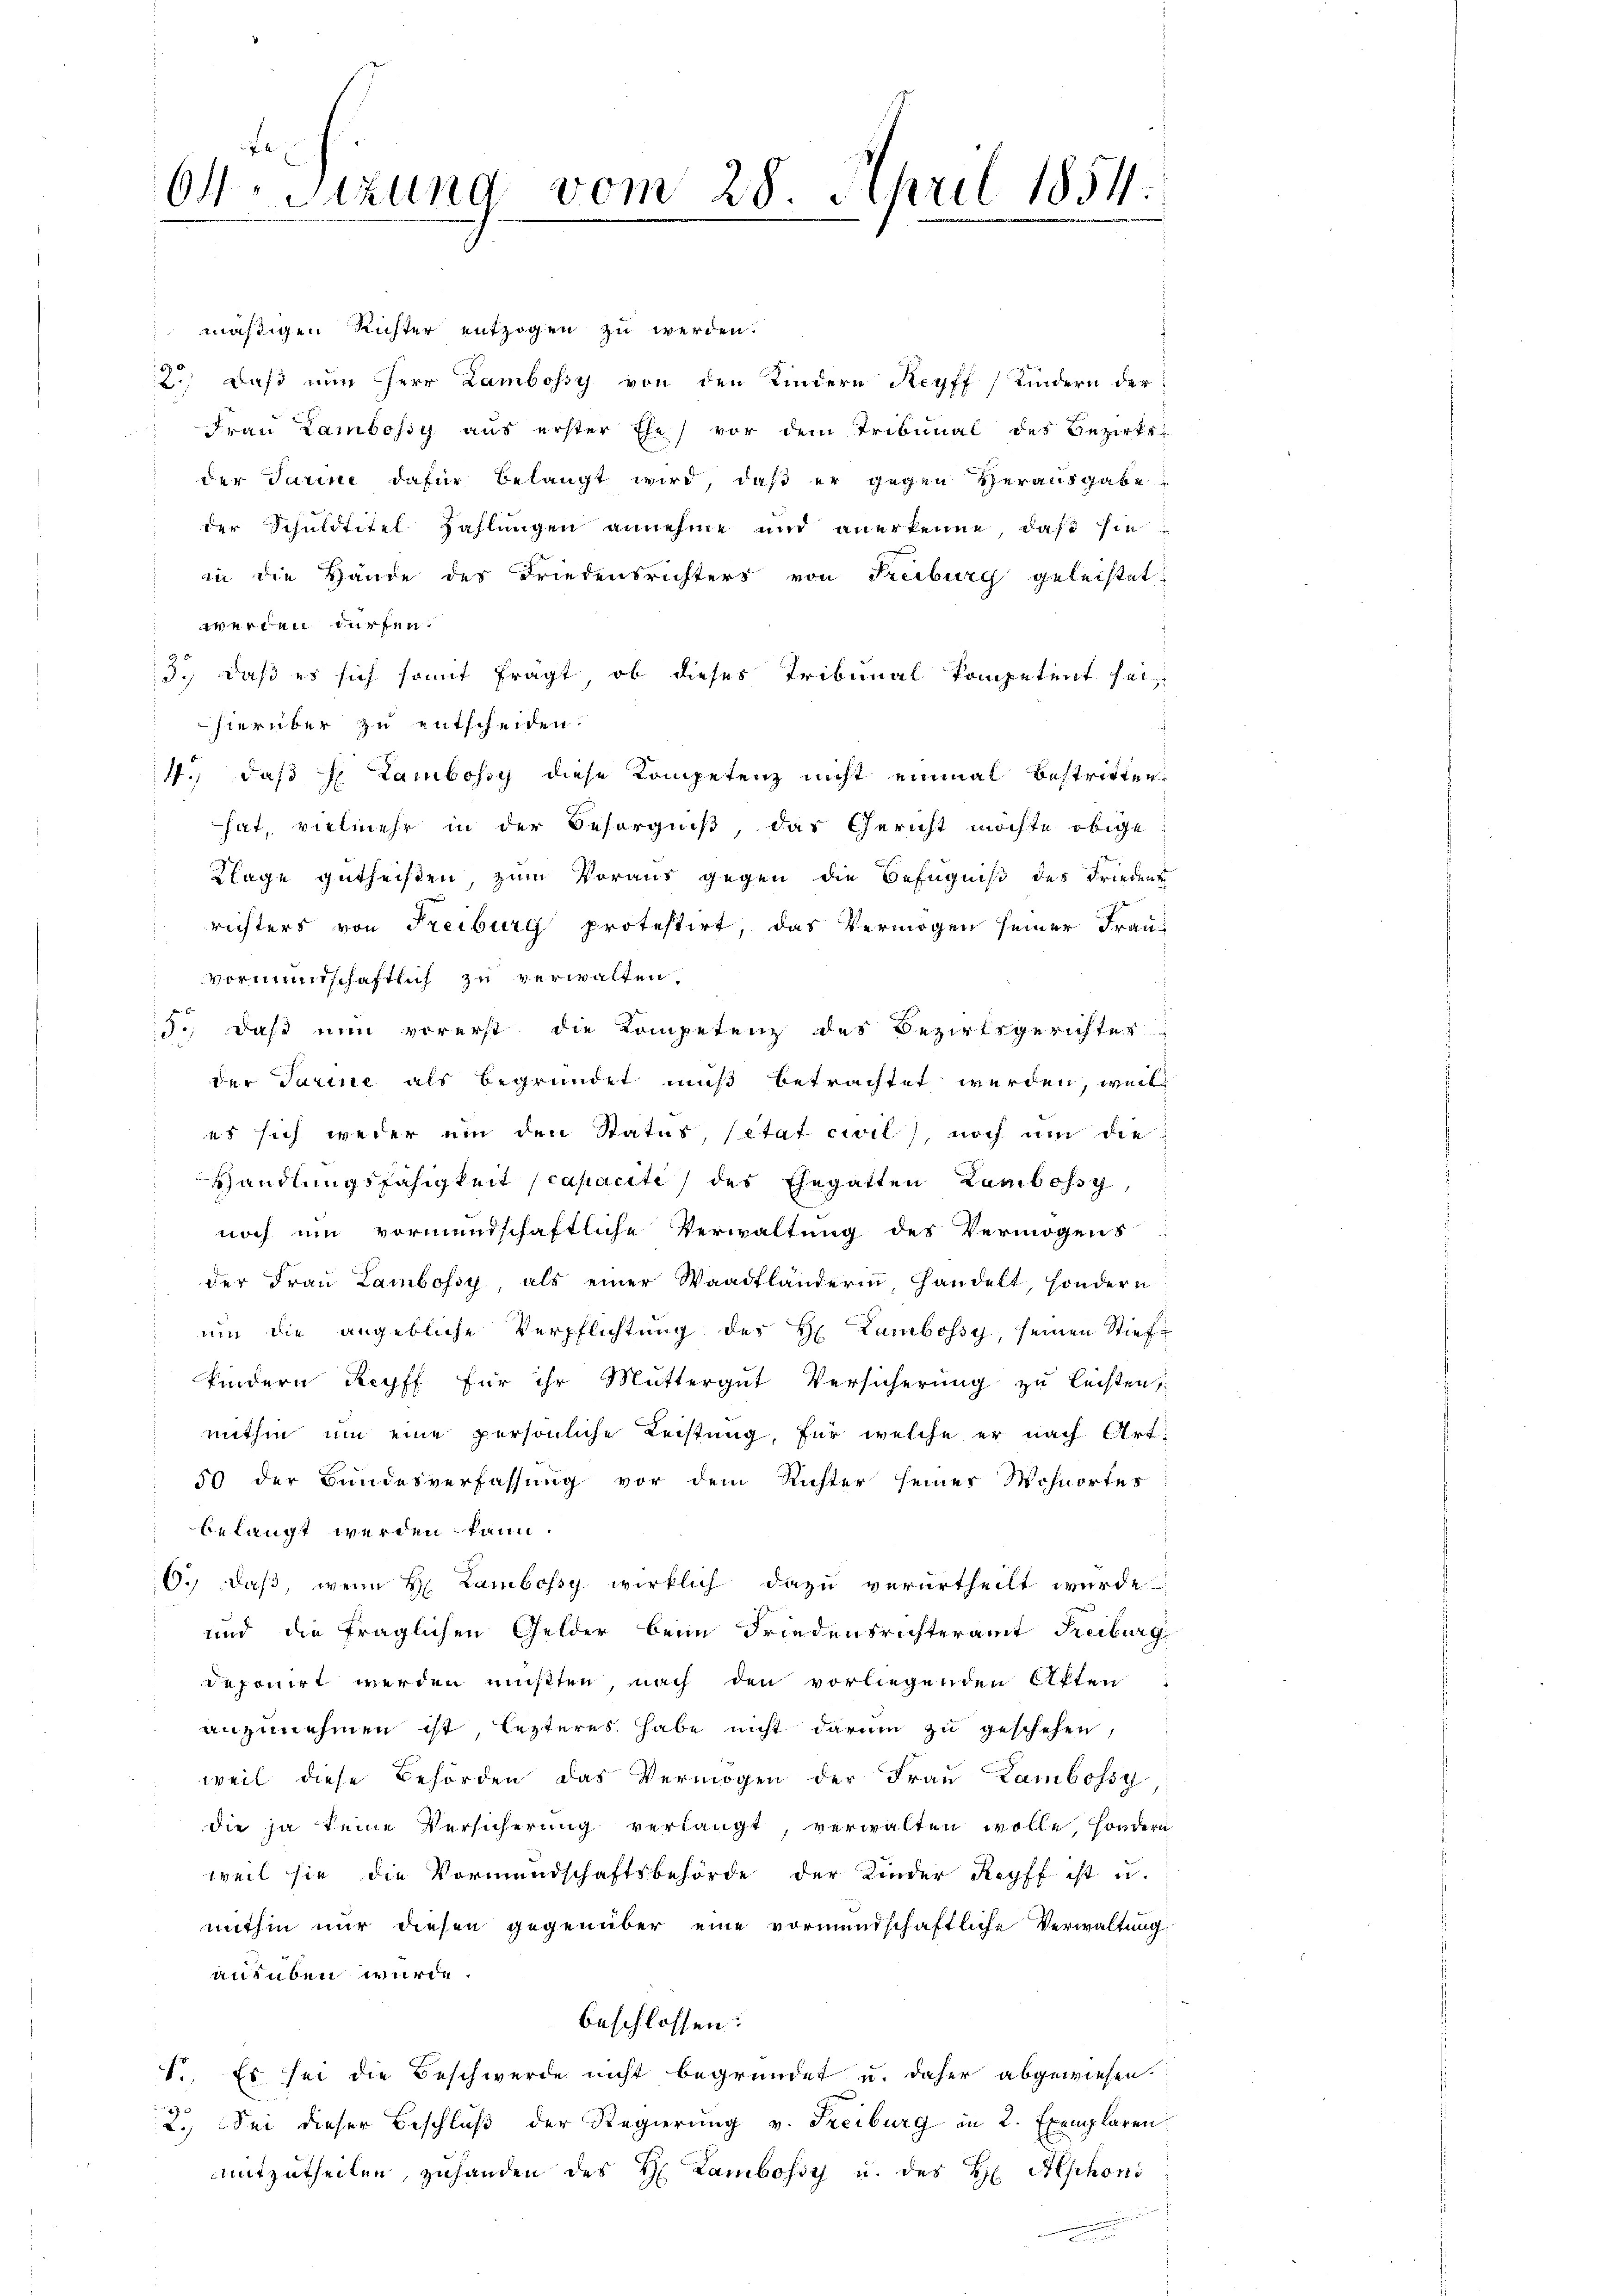
64. Sitzung vom 28. April 1854.

mäßigen Richter entzogen zu werden.
2.) Daß nun Herr Lambossy von den Kindern Reyff) Kindern der
Frau Lambossy aus erster Ehe) vor dem Tribunal des Bezirks-
der Jarine dafür belangt wird, daß er gegen Herausgabe
der Schuldtitel Zahlungen annehme und anerkenne, daß sie
in die Hande des Friedensrichters von Freiburg geleistet.
werden dürfen.
3.) Daß es sich somit frägt, ob dieses Tribunal kompetent sei,
hierüber zu entscheiden.
4., daß H. Lambossy diese Kompetenz nicht einmal bestritten,
hat, vielmehr in der Besorgniß, das Gericht möchte obige
Klage gutheißen, zum Voraus gegen die Befugniß des Friedens
richters von Freiburg protestirt, das Vermögen seiner Frauvormundschaftlich zu verwalten.
5., daß nun vorerst die Kompetenz des Bezirksgerichter
der Tarine als begründet muß betrachtet werden, weil
es sich weder um den Status Citat civil), noch um die
Handlungsfähigkeit (capacite des Ehegatten Ramboss,
noch um vormundschaftliche Verwaltung des Vermögens-
der Frau Lambossy, als einer Waadtländerin, Handelt, sondern
ŭm die angebliche Verpflichtung des H. Lambossy, seinen Stiefkindern Repff für ihr Muttergut Versicherung zu leisten,
mithin um eine persönliche Leistung, für welche er nach Art.
50 der Bundesverfassung vor dem Richter seiner Wohnortes
belangt werden kann.
6., daß, wenn H. Lambefsy wirklich dazu verurtheilt wurde
und die fraglichen Gelder beim Friedensrichteramt Freiburg
deponirt werden müßten, nach den vorliegenden Akten
anzunehmen ist lezteres habe nicht darum zu geschehen,
weil diese Behörden das Vermögen der Frau Zambossy
die ja keine Versicherung verlangt, verwalten wolle, sondern
weil sie die Vormundschaftsbehörde der Kinder Regff ist u.
mithin nur diesen gegenüber eine vormundschaftliche Verwaltung
ausüben wurde.
beschlossen:
S.. Es sei die Beschwerde nicht begründet u. daher abgewiesen.
2.) Sei dieser Beschluß der Regierung v. Freiburg in 2. Exemplaren
mitzutheilen, zuhanden des H. Lambossy u. des H Alphoni
n